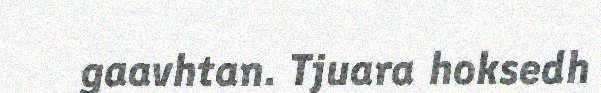
gaavhtan. Tjuara hoksedh